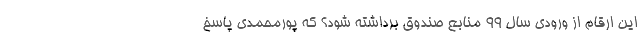
این ارقام از ورودی سال ۹۹ منابع صندوق برداشته شود؟ که پورمحمدی پاسخ